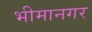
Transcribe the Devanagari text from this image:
भीमानगर